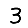
Digit: 3